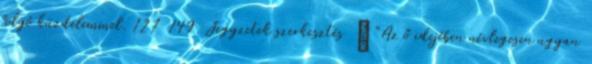
folyó küzdelemmel. 127 149 Jegyzetek szerkesztés ↑ "Az ő idejében névlegesen ugyan